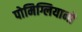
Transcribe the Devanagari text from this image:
पोमिग्लियानो